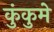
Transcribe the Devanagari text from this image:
कुंकुमे